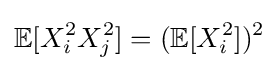
{\mathbb {E} }[X_{i}^{2}X_{j}^{2}]=({\mathbb {E} }[X_{i}^{2}])^{2}